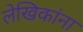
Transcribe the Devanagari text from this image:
लेखिकांना